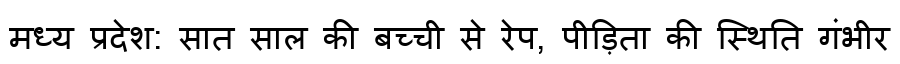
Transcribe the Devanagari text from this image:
मध्य प्रदेश: सात साल की बच्ची से रेप, पीड़िता की स्थिति गंभीर